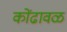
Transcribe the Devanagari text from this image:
कोंढावळ